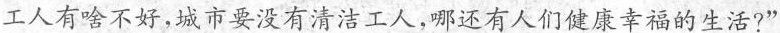
工人有啥不好，城市要没有清洁工人，哪还有人们健康幸福的生活?”